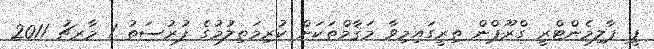
ޕީ ޕާލިމެންޓްރީ ގްރޫޕްން ތިރީގައިމިވާ މަޤާމްތަކަށް ކުރިމަތިލުމުގެ ފުރުސަތު 1 މާރޗު 2011